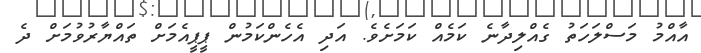
އާއްމު މަސްލަހަތު ގެއްލިދާނެ ކަމެއް ކަމަށެވެ. އަދި އެހެންކަމުން ޕީޕީއެމަށް ތައްޔާރުވުމަށް ދެ